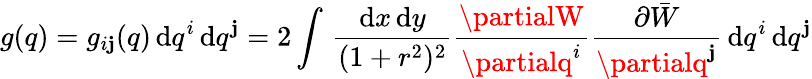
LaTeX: g(q)=g_{i\mathbf{j}}(q)\, \mathrm{d}q^{i}\, \mathrm{d}q^{\mathbf{j}}=2\int\, \frac{{\mathrm{d}x\, \mathrm{d}y}}{{(1+r^{2})^{2}}}\frac{{\partialW}}{{\partialq^{i}}}\frac{{\partial\bar{{W}}}}{{\partialq^{\mathbf{j}}}}\, \mathrm{d}q^{i}\, \mathrm{d}q^{\mathbf{j}}